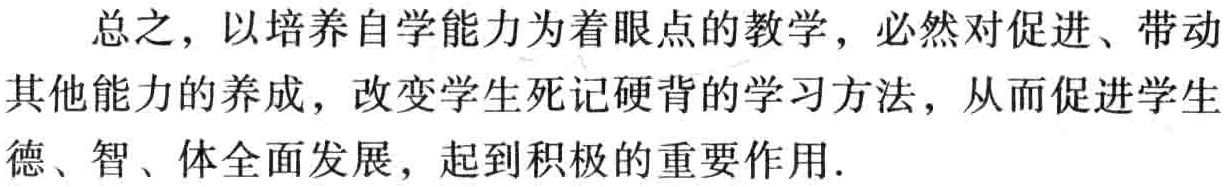
总之，以培养自学能力为着眼点的教学，必然对促进、带动其他能力的养成，改变学生死记硬背的学习方法，从而促进学生德、智、体全面发展，起到积极的重要作用.